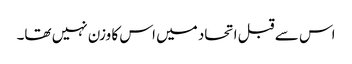
اس سے قبل اتحاد میں اس کا وزن نہیں تھا۔